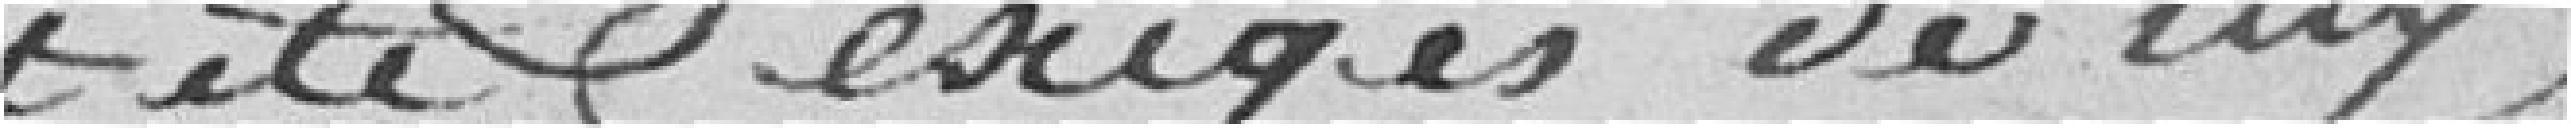
été exigés de luy